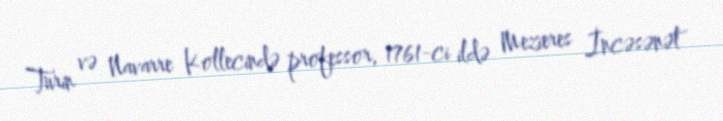
Turin və Navarre Kollecində professor, 1761-ci ildə Mezieres İncəsənət